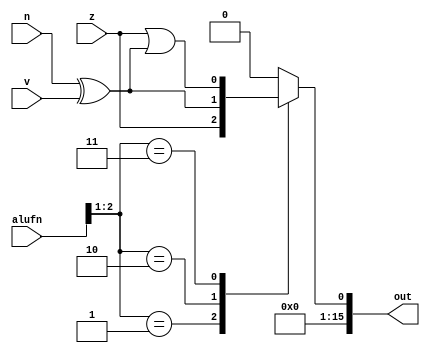
module compare_4 (
    input z,
    input v,
    input n,
    input [5:0] alufn,
    output reg [15:0] out
  );
  
  
  
  always @* begin
    out[1+14-:15] = 15'h0000;
    
    case (alufn[1+1-:2])
      2'h1: begin
        out[0+0-:1] = z;
      end
      2'h2: begin
        out[0+0-:1] = n ^ v;
      end
      2'h3: begin
        out[0+0-:1] = z | (n ^ v);
      end
      default: begin
        out[0+0-:1] = 1'h0;
      end
    endcase
  end
endmodule